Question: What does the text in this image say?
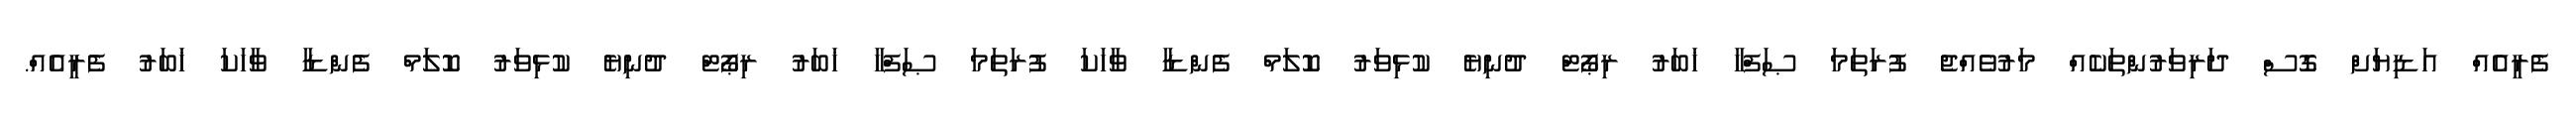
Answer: ފެރީއެއް އަޑިޔަށް ގޮސް ދަރިވަރުންތަކެއް މަރުވެއްޖެ ފުރަތަމަ ޞަފްހާ ޚަބަރު ރިޕޯޓް ދުނިޔެ ކުޅިވަރު ކޮލަމް ފެންޑާ ވާހަކަ ފުރަތަމަ ޞަފްހާ ޚަބަރު ރިޕޯޓް ދުނިޔެ ކުޅިވަރު ކޮލަމް ފެންޑާ ވާހަކަ ޚަބަރު ފެރީއެއް.